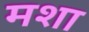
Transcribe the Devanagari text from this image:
मशा